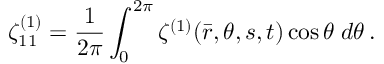
\zeta _ { 1 1 } ^ { ( 1 ) } = \frac { 1 } { 2 \pi } \int _ { 0 } ^ { 2 \pi } \zeta ^ { ( 1 ) } ( \bar { r } , \theta , s , t ) \cos \theta \; d \theta \, .